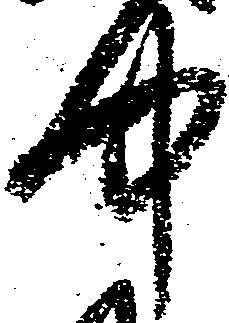
中